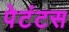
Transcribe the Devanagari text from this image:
पेटंटस